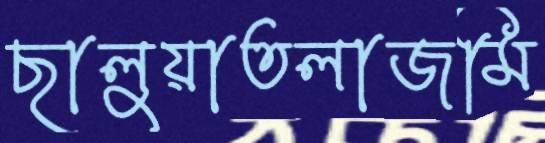
ছালুয়াতলাজমি